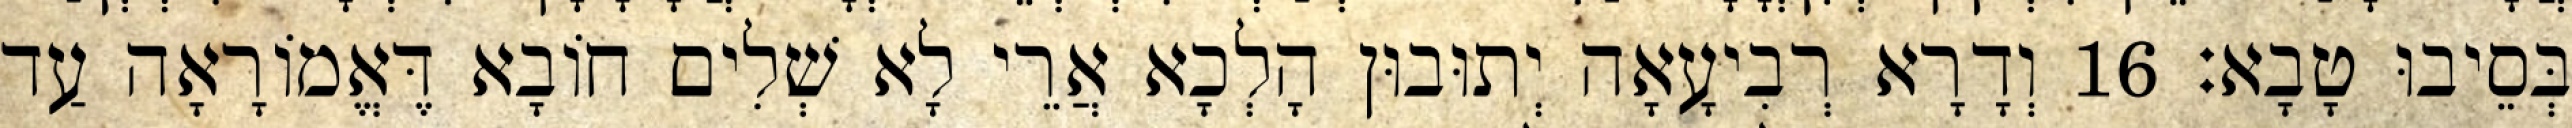
בְּסֵיבוּ טָבָא׃ 16 וְדָרָא רְבִיעָאָה יְתוּבוּן הָלְכָא אֲרֵי לָא שְׁלִים חוֹבָא דֶּאֱמוֹרָאָה עַד